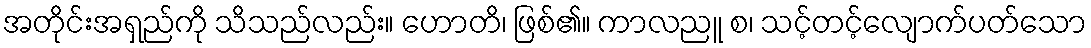
အတိုင်းအရှည်ကို သိသည်လည်း။ ဟောတိ၊ ဖြစ်၏။ ကာလညူ စ၊ သင့်တင့်လျောက်ပတ်သော